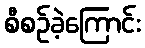
စီစဉ်ခဲ့ကြောင်း